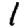
Digit: 1